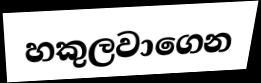
හකුලවාගෙන